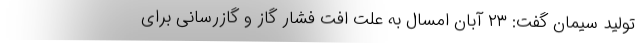
تولید سیمان گفت: ۲۳ آبان امسال به علت افت فشار گاز و گازرسانی برای